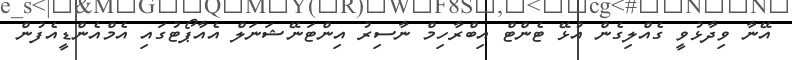
އޭނާ ވިދާޅުވީ ގެއްލިގެން އުޅޭ ޓެންޓް އިބްރާހިމް ނާސިރު އިންޓަނޭޝަނަލް އެއާޕޯޓުގައި އެމްއެންޑީއެފުން